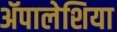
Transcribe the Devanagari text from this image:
ॲपालेशिया